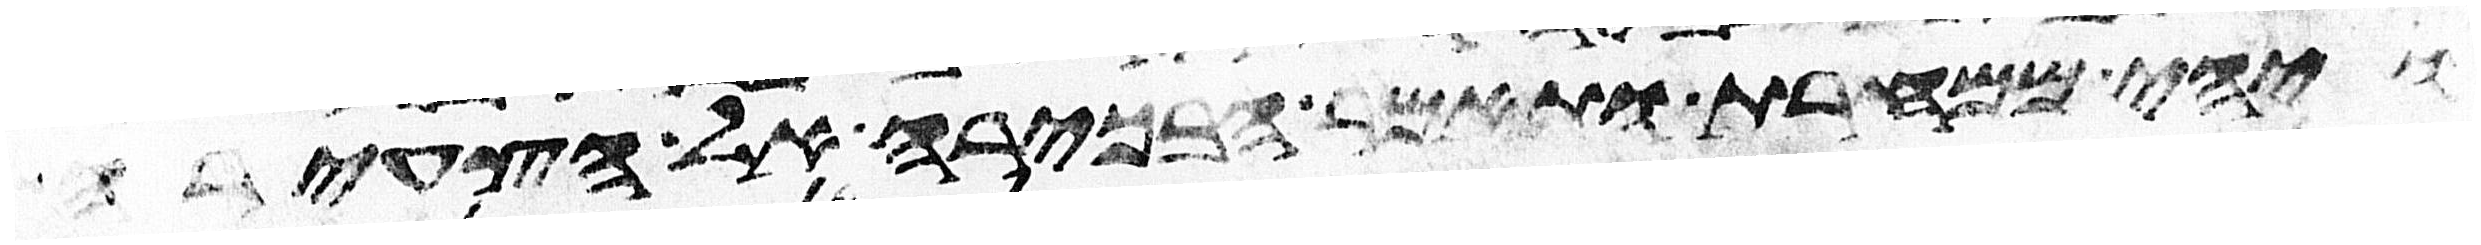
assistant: ויהי ממחרת ותאמר הבכירה אל הצעירה